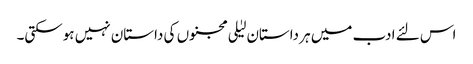
اس لئے ادب میں ہر داستان لیٰلی مجنوں کی داستان نہیں ہوسکتی۔